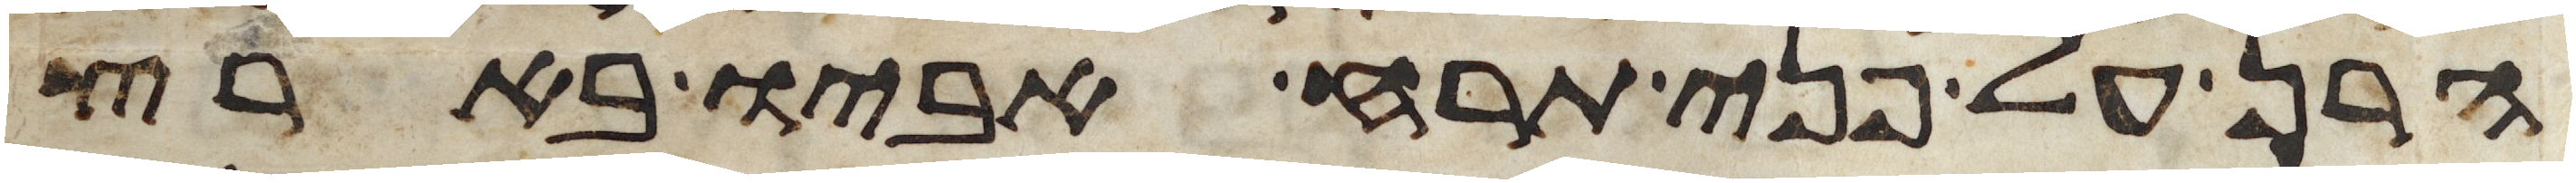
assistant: הרן על פני תרח אביו בארץ